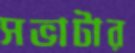
সভাটার